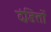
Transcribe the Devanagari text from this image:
दंडितों